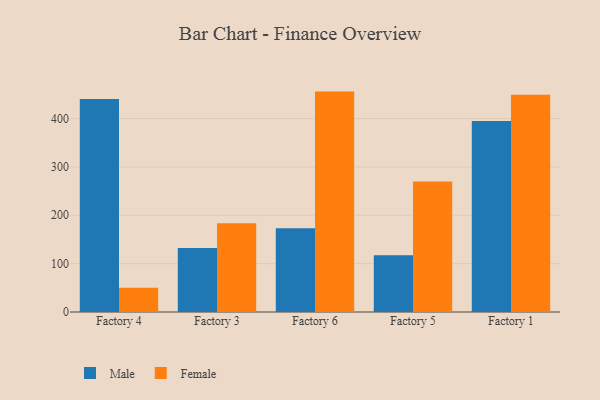
{"axis": {"x": "Factory", "y": "Budget (USD K)"}, "legend": ["Female", "Male"], "data": [{"x": "Factory 4", "y": 440.6, "type": "Male"}, {"x": "Factory 4", "y": 50.1, "type": "Female"}, {"x": "Factory 3", "y": 132.6, "type": "Male"}, {"x": "Factory 3", "y": 183.7, "type": "Female"}, {"x": "Factory 6", "y": 173.4, "type": "Male"}, {"x": "Factory 6", "y": 455.8, "type": "Female"}, {"x": "Factory 5", "y": 117.4, "type": "Male"}, {"x": "Factory 5", "y": 269.9, "type": "Female"}, {"x": "Factory 1", "y": 395.0, "type": "Male"}, {"x": "Factory 1", "y": 449.2, "type": "Female"}]}